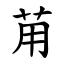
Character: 苚